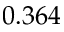
0 . 3 6 4